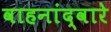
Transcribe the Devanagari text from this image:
वाहनांद्वारे